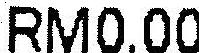
RM0.00